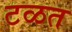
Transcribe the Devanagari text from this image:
टळत